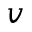
v